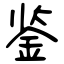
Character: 鉴